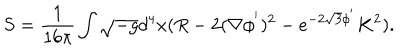
S = \frac { 1 } { 1 6 \pi } \int \sqrt { - g } d ^ { 4 } x ( R - 2 ( \nabla \phi ^ { ' } ) ^ { 2 } - e ^ { - 2 \sqrt { 3 } \phi ^ { ' } } K ^ { 2 } ) .